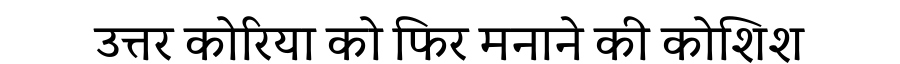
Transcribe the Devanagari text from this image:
उत्तर कोरिया को फिर मनाने की कोशिश